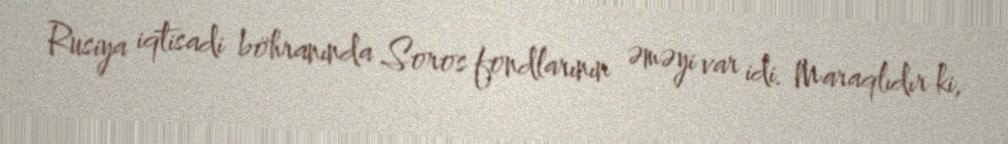
Rusiya iqtisadi böhranında Soros fondlarının əməyi var idi. Maraqlıdır ki,